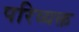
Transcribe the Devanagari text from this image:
परिव्यक्त